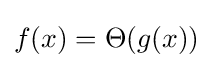
f(x)=\Theta (g(x))